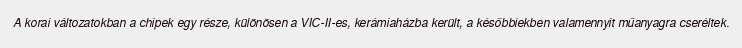
A korai változatokban a chipek egy része, különösen a VIC-II-es, kerámiaházba került, a későbbiekben valamennyit műanyagra cseréltek.